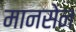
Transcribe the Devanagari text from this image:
मानसेन